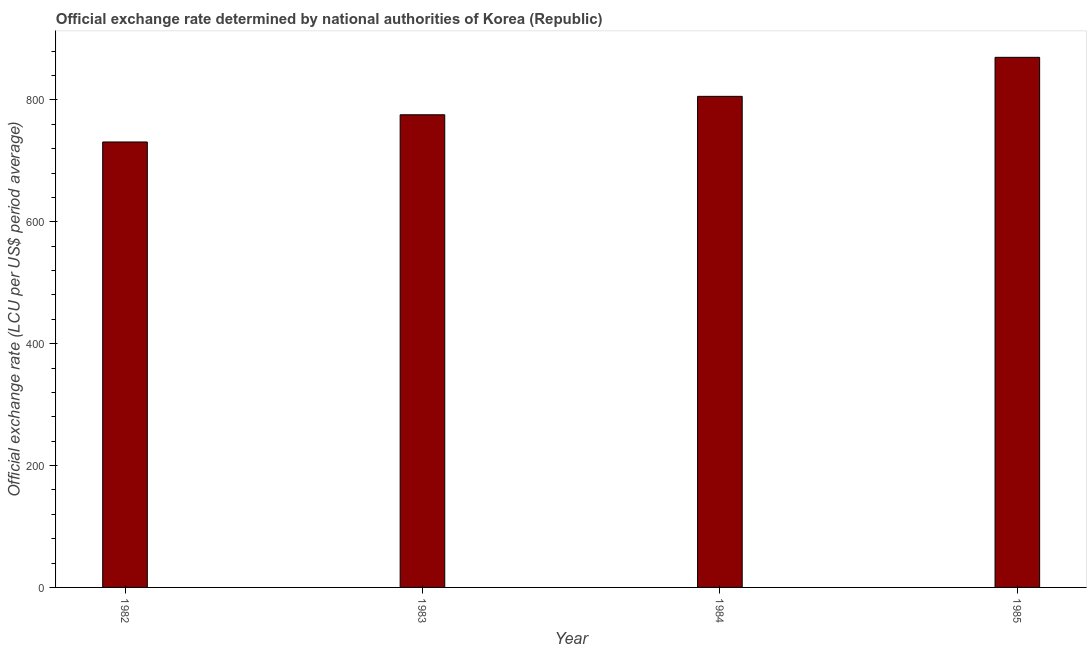
| Year | Official exchange rate |
 | --- | --- |
 | 1982 | 731 |
 | 1983 | 776 |
 | 1984 | 806 |
 | 1985 | 870 |